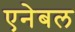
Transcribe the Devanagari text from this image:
एनेबल